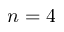
{ n = 4 }